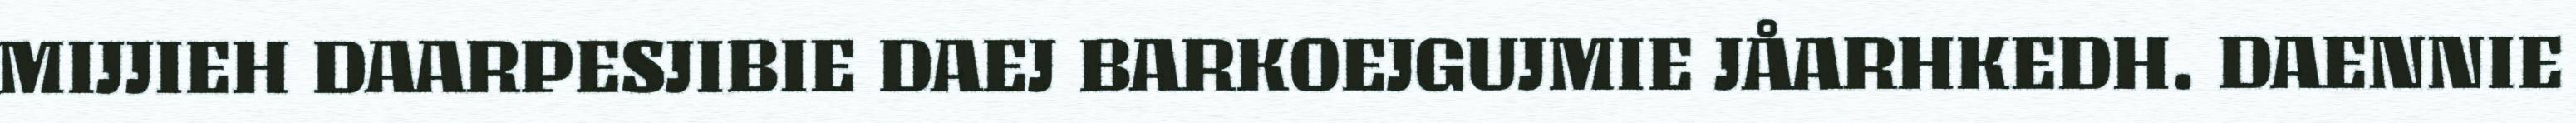
MIJJIEH DAARPESJIBIE DAEJ BARKOEJGUJMIE JÅARHKEDH. DAENNIE